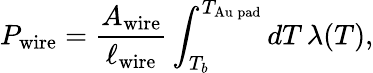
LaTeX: P_{\mathrm{wire}}=\frac{A_{\mathrm{wire}}}{\ell_{\mathrm{wire}}}\int_{T_{b}}^{T_{\mathrm{Au\, pad}}}\mathop{dT}\lambda(T),